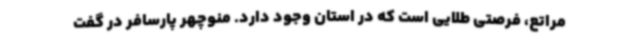
مراتع، فرصتی طلایی است که در استان وجود دارد. منوچهر پارسافر در گفت